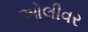
ઓલીવર